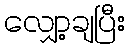
လျှော့ချပြီး